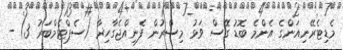
މެޑިޓެރޭނިއަންގެ އެންމެ ބޮޑު ގޭސް ވަޅު މިސްރުން ފެނިއްޖެގާހިރާ (ސެޕްޓެމްބަރު 3) -